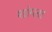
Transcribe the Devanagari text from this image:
शांग्ला